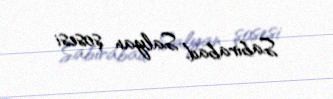
Sabirabad, Salyan şosesi